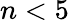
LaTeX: n<5